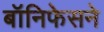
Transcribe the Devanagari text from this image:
बॉनिफेसने